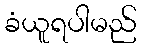
ခံယူရပါမည်